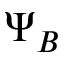
\Psi _ { B }